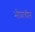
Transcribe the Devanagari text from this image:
भीप्राचीन